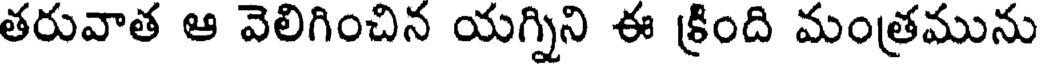
తరువాత ఆ వెలిగించిన యగ్నిని ఈ క్రింది మంత్రమును